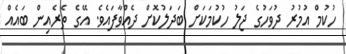
ހުކުމް އުމުރު ދުވަހުގެ ޖަލު ހުކުމަކަށް ބަދަލުކޮށް ދެއްވާފައެވެ. އޭގެ ތެރެއިން ބައެއް